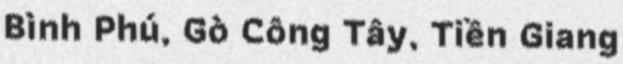
Bình Phú, Gò Công Tây, Tiền Giang